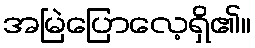
အမြဲပြောလေ့ရှိ၏။